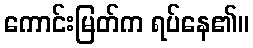
ကောင်းမြတ်က ရပ်နေ၏။